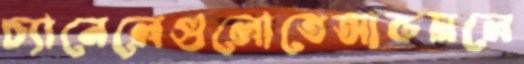
চ্যানেলেগুলোতেআকমলে